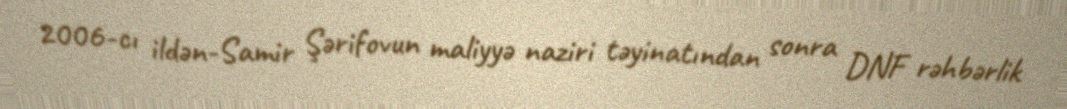
2006-cı ildən-Samir Şərifovun maliyyə naziri təyinatından sonra DNF rəhbərlik